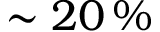
\sim 2 0 \, \%